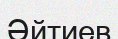
Әйтиев